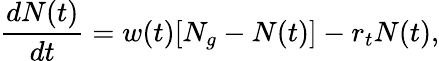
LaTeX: \frac{dN(t)}{dt}=w(t)[N_{g}-N(t)]-r_{t}N(t),